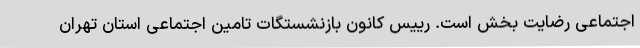
اجتماعی رضایت بخش است. رییس کانون بازنشستگات تامین اجتماعی استان تهران